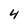
Character: 4